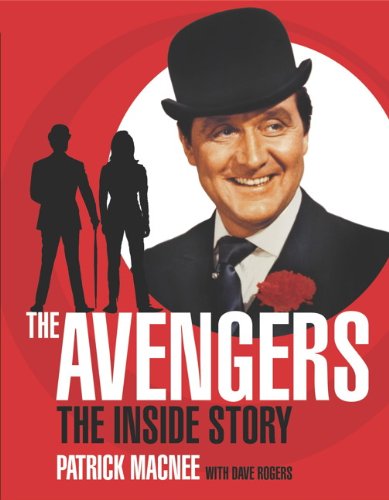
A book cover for The Avengers: The Inside Story; Patrick Macnee; Humor & Entertainment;